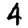
Digit: 4